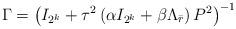
LaTeX: \begin{align*}\Gamma =\left( I_{2^{k}}+\tau ^{2}\left( \alpha I_{2^{k}}+\beta \Lambda _{\bar{r}}\right) P^{2}\right) ^{-1} \end{align*}